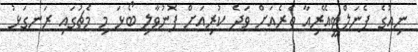
ނިއުގެ ޕެނަލްޓީއޭރިއާ ތެރެއަށް ވަދެ ކުރިއަށް ފޮނުވާލި ބޯޅަ މި މެޗުގައި ރަނގަޅު